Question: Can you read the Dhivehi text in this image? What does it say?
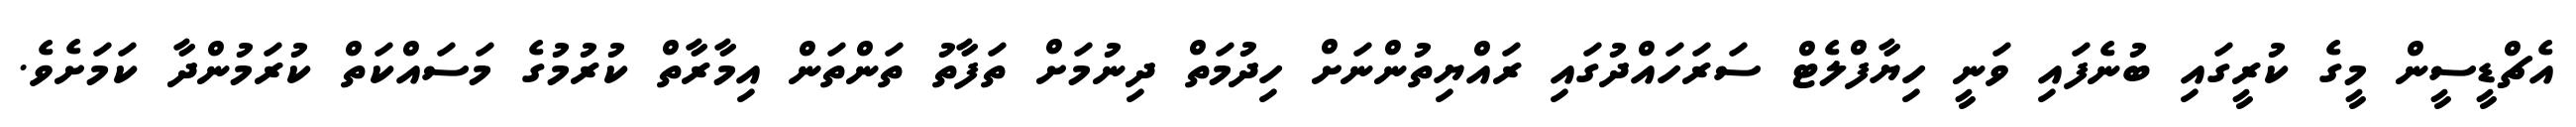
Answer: އެޗްޑީސީން މީގެ ކުރީގައި ބުނެފައި ވަނީ ހިޔާފްލެޓް ސަރަހައްދުގައި ރައްޔިތުންނަށް ހިދުމަތް ދިނުމަށް ތަފާތު ތަންތަން އިމާރާތް ކުރުމުގެ މަސައްކަތް ކުރަމުންދާ ކަމަށެވެ.